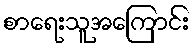
စာရေးသူအကြောင်း